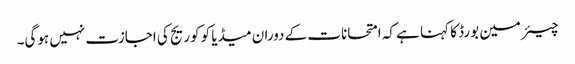
چیئرمین بورڈ کا کہنا ہے کہ امتحانات کے دوران میڈیا کو کوریج کی اجازت نہیں ہوگی۔